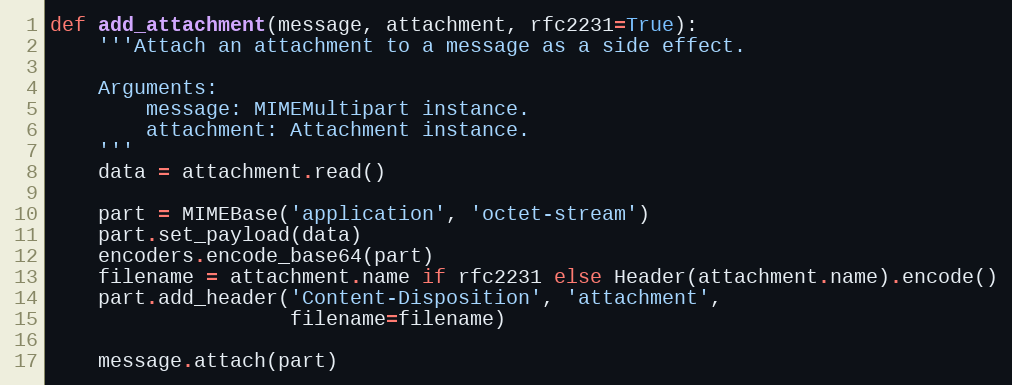
Language: Python
def add_attachment(message, attachment, rfc2231=True):
    '''Attach an attachment to a message as a side effect.

    Arguments:
        message: MIMEMultipart instance.
        attachment: Attachment instance.
    '''
    data = attachment.read()

    part = MIMEBase('application', 'octet-stream')
    part.set_payload(data)
    encoders.encode_base64(part)
    filename = attachment.name if rfc2231 else Header(attachment.name).encode()
    part.add_header('Content-Disposition', 'attachment',
                    filename=filename)

    message.attach(part)